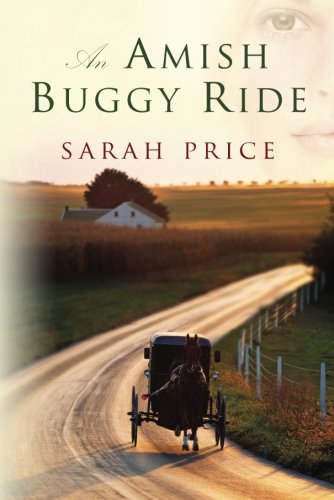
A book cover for An Amish Buggy Ride; Sarah Price; Romance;